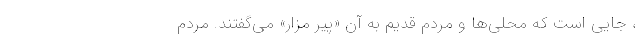
، جایی است که محلی‌ها و مردمِ قدیم به آن «پیرِ مزار» می‌گفتند. مردم